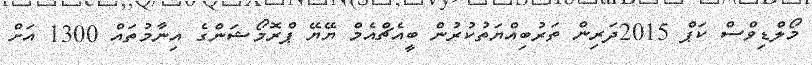
މޯލްޑިވްސް ކަޕް 2015ދަރިން ތަރުބިއްޔަތުކުރުން ބީއެޗްއެމް ޔޭޔޭ ޕްރޮމޯޝަންގެ އިނާމުތައް 1300 އަށް